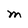
Character: M